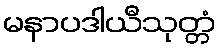
မနာပဒါယီသုတ္တံ